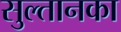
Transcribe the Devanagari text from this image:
सुल्तानका